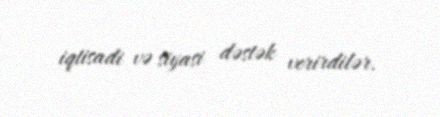
iqtisadi və siyasi dəstək verirdilər.